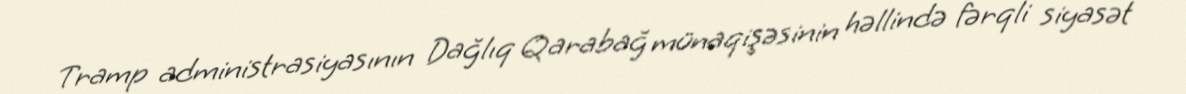
Tramp administrasiyasının Dağlıq Qarabağ münaqişəsinin həllində fərqli siyasət